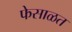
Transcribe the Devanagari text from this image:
फेसाळत